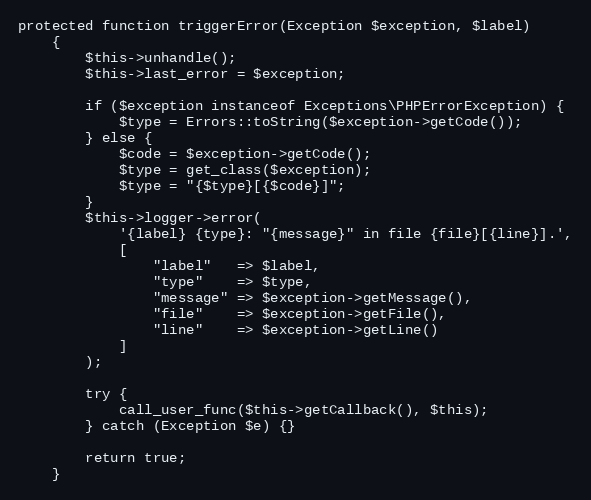
Language: PHP
protected function triggerError(Exception $exception, $label)
    {
        $this->unhandle();
        $this->last_error = $exception;

        if ($exception instanceof Exceptions\PHPErrorException) {
            $type = Errors::toString($exception->getCode());
        } else {
            $code = $exception->getCode();
            $type = get_class($exception);
            $type = "{$type}[{$code}]";
        }
        $this->logger->error(
            '{label} {type}: "{message}" in file {file}[{line}].',
            [
                "label"   => $label,
                "type"    => $type,
                "message" => $exception->getMessage(),
                "file"    => $exception->getFile(),
                "line"    => $exception->getLine()
            ]
        );

        try {
            call_user_func($this->getCallback(), $this);
        } catch (Exception $e) {}

        return true;
    }